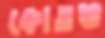
কোতভ